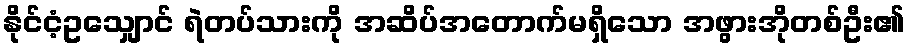
နိုင်ငံ့ဥသျှောင် ရဲတပ်သားကို အဆိပ်အတောက်မရှိသော အဖွားအိုတစ်ဦး၏